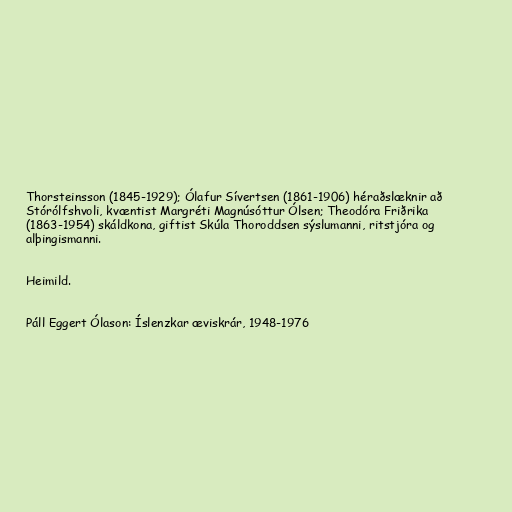
Thorsteinsson (1845-1929); Ólafur Sívertsen (1861-1906) héraðslæknir að
Stórólfshvoli, kvæntist Margréti Magnúsóttur Ólsen; Theodóra Friðrika
(1863-1954) skáldkona, giftist Skúla Thoroddsen sýslumanni, ritstjóra og
alþingismanni.

Heimild.

Páll Eggert Ólason: Íslenzkar æviskrár, 1948-1976